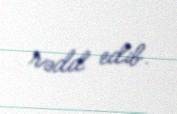
rədd edib.